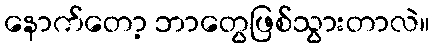
နောက်တော့ ဘာတွေဖြစ်သွားတာလဲ။